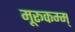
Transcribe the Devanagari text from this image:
मूरूकम्म्